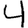
Digit: 4